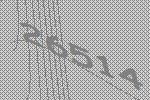
26514